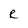
Character: R